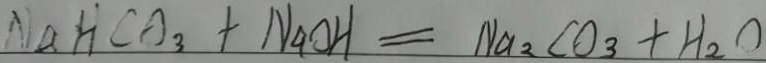
N a H C O _ { 3 } + N _ { 4 } O H = N a _ { 2 } C O _ { 3 } + H _ { 2 } O